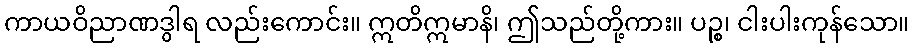
ကာယဝိညာဏဒွါရ လည်းကောင်း။ ဣတိဣမာနိ၊ ဤသည်တို့ကား။ ပဉ္စ၊ ငါးပါးကုန်သော။